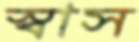
স্বাস